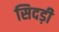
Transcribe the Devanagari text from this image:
सिदड़ी